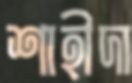
শাহীদা